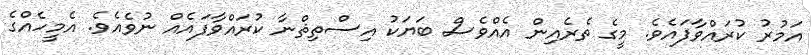
އަމުރު ކުރައްވާފައެވެ. މީގެ ތެރެއިން އެއްވެސް ބަޔަކު އިސްތިޘްނާ ކުރައްވާފައެއް ނުވެއެވެ. އެމީހެއްގެ